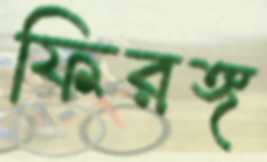
ফিরঙ্গ